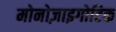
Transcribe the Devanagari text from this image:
मोनोज़ाइगोटिक